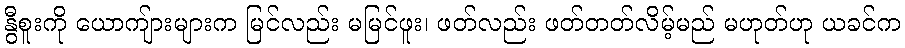
နွီစူးကို ယောကျ်ားများက မြင်လည်း မမြင်ဖူး၊ ဖတ်လည်း ဖတ်တတ်လိမ့်မည် မဟုတ်ဟု ယခင်က